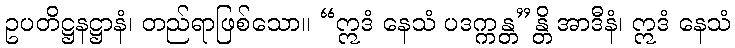
ဥပတိဋ္ဌနဋ္ဌာနံ၊ တည်ရာဖြစ်သော။ “ဣဒံ နေသံ ပဒက္ကန္တ”န္တိ အာဒီနံ၊ ဣဒံ နေသံ